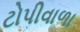
ટોપીવાળા